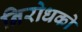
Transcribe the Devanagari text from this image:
निरोधको